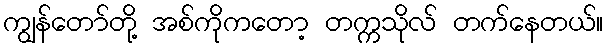
ကျွန်တော်တို့ အစ်ကိုကတော့ တက္ကသိုလ် တက်နေတယ်။